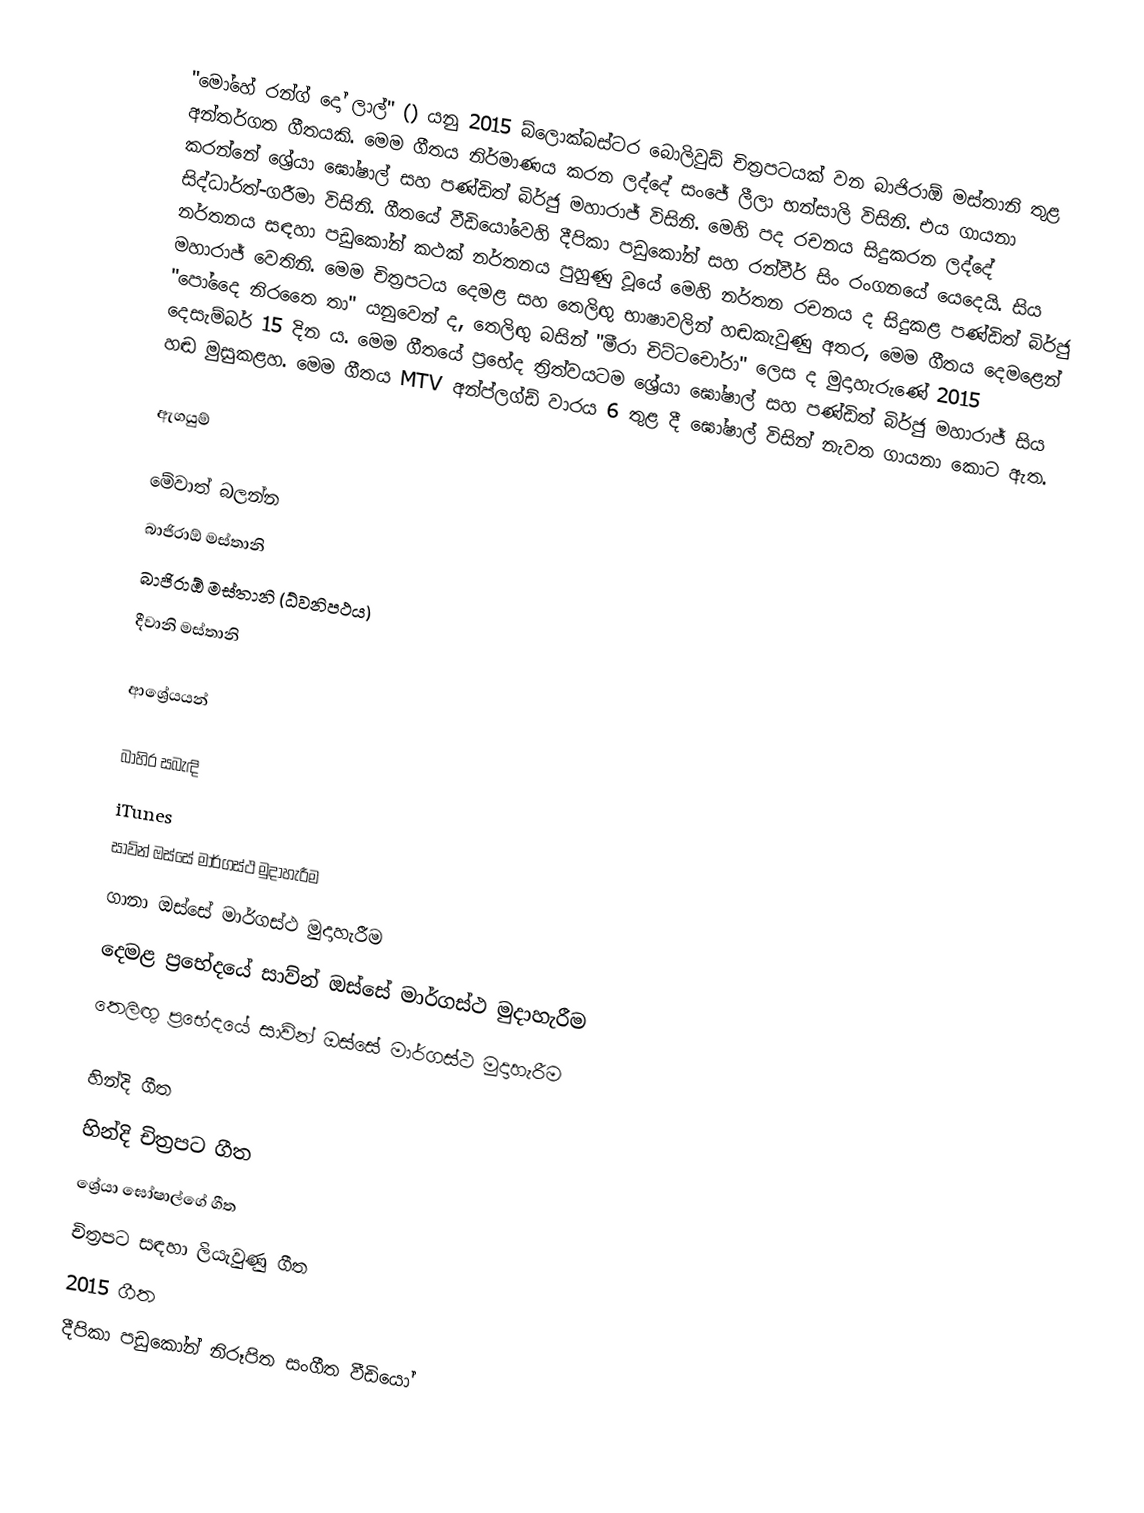
"මෝහේ රන්ග් දෝ ලාල්" () යනු 2015 බ්ලොක්බස්ටර බොලිවුඩ් චිත්‍රපටයක් වන බාජිරාඕ මස්තානි තුළ අන්තර්ගත ගීතයකි. මෙම ගීතය නිර්මාණය කරන ලද්දේ සංජේ ලීලා භන්සාලි විසිනි. එය ගායනා කරන්නේ ශ්‍රේයා ඝෝෂාල් සහ පණ්ඩිත් බිර්ජු මහාරාජ් විසිනි. මෙහි පද රචනය සිදුකරන ලද්දේ සිද්ධාර්ත්-ගරීමා විසිනි. ගීතයේ වීඩියෝවෙහි දීපිකා පඩුකෝන් සහ රන්වීර් සිං රංගනයේ යෙදෙයි. සිය නර්තනය සඳහා පඩුකෝන් කථක් නර්තනය පුහුණු වූයේ මෙහි නර්තන රචනය ද සිදුකළ පණ්ඩිත් බිර්ජු මහාරාජ් වෙතිනි. මෙම චිත්‍රපටය දෙමළ සහ තෙලිඟු භාෂාවලින් හඬකැවුණු අතර, මෙම ගීතය දෙමළෙන් "පෝදෛ නිරතෛ තා" යනුවෙන් ද, තෙලිඟු බසින් "මීරා චිට්ටචෝරා" ලෙස ද මුදාහැරුණේ 2015 දෙසැම්බර් 15 දින ය. මෙම ගීතයේ ප්‍රභේද ත්‍රිත්වයටම ශ්‍රේයා ඝෝෂාල් සහ පණ්ඩිත් බිර්ජු මහාරාජ් සිය හඬ මුසුකළහ. මෙම ගීතය MTV අන්ප්ලග්ඩ් වාරය 6 තුළ දී ඝෝෂාල් විසින් නැවත ගායනා කොට ඇත.

ඇගයුම්

මේවාත් බලන්න
බාජිරාඕ මස්තානි
බාජිරාඕ මස්තානි (ධ්වනිපථය)
දීවානි මස්තානි

ආශ්‍රේයයන්

බාහිර සබැඳි
 iTunes
 සාව්න් ඔස්සේ මාර්ගස්ථ මුදාහැරීම
 ගානා ඔස්සේ මාර්ගස්ථ මුදාහැරීම
 දෙමළ ප්‍රභේදයේ සාව්න් ඔස්සේ මාර්ගස්ථ මුදාහැරීම
 තෙලිඟු ප්‍රභේදයේ සාව්න් ඔස්සේ මාර්ගස්ථ මුදාහැරීම

හින්දි ගීත
හින්දි චිත්‍රපට ගීත
ශ්‍රේයා ඝෝෂාල්ගේ ගීත
චිත්‍රපට සඳහා ලියැවුණු ගීත
2015 ගීත
දීපිකා පඩුකෝන් නිරූපිත සංගීත වීඩියෝ